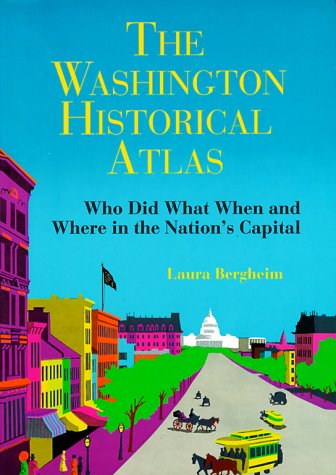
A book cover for The Washington Historical Atlas: Who Did What When and Where in the Nation's Capital; Laura Bergheim; Travel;